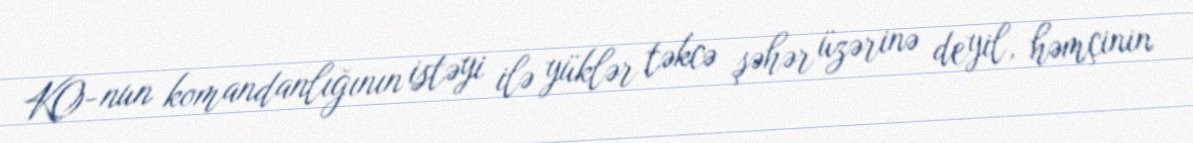
KO-nun komandanlığının istəyi ilə yüklər təkcə şəhər üzərinə deyil, həmçinin